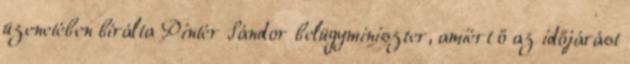
üzenetében bírálta Pintér Sándor belügyminiszter, amiért ő az időjárást